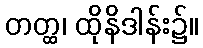
တတ္ထ၊ ထိုနိဒါန်း၌။